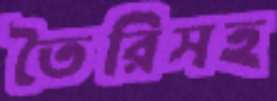
তৈরিসহ